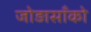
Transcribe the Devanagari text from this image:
जोड़ासाँको